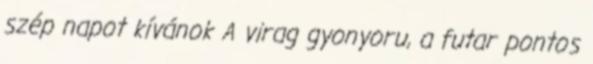
szép napot kívánok A virag gyonyoru, a futar pontos